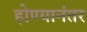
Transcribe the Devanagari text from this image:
होण्यानंतर